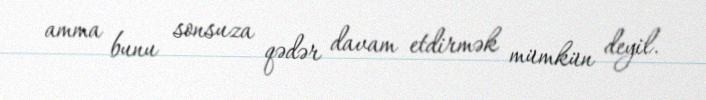
amma bunu sonsuza qədər davam etdirmək mümkün deyil.